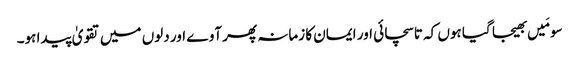
سو مَیں بھیجا گیا ہوں کہ تا سچائی اور ایمان کا زمانہ پھر آوے اور دلوں میں تقویٰ پیدا ہو۔